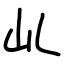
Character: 乢